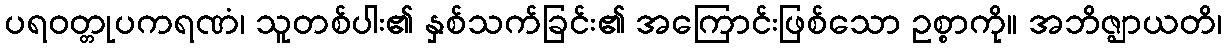
ပရဝတ္တုပကရဏံ၊ သူတစ်ပါး၏ နှစ်သက်ခြင်း၏ အကြောင်းဖြစ်သော ဥစ္စာကို။ အဘိဇ္ဈာယတိ၊